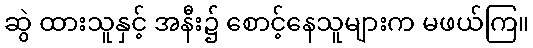
ဆွဲ ထားသူနှင့် အနီး၌ စောင့်နေသူများက မဖယ်ကြ။